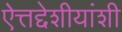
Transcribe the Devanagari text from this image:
ऐत्तद्देशीयांशी